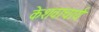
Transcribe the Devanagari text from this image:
केशवाचार्य